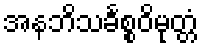
အနဘိသင်္ခစ္စဝိမုတ္တံ